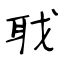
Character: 聀